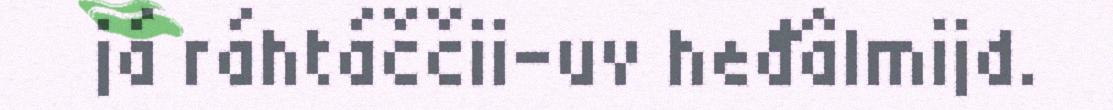
já ráhtáččii-uv heđâlmijd.